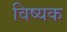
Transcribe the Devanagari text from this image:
विष्यक